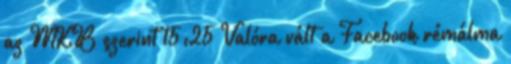
az MKB szerint 15:25 Valóra vált a Facebook rémálma